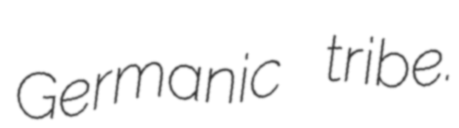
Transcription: Germanic tribe.